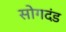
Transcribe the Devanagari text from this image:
सोगदंड